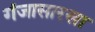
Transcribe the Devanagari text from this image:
गंजासारखा